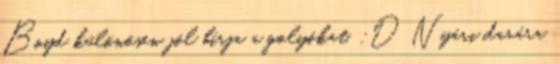
Boyd különösen jól bírja a golyókat. :D Nyári darára